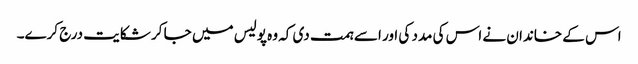
اس کے خاندان نے اس کی مدد کی اور اسے ہمت دی کہ وہ پولیس میں جا کر شکایت درج کرے۔